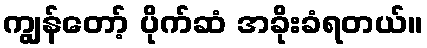
ကျွန်တော့် ပိုက်ဆံ အခိုးခံရတယ်။